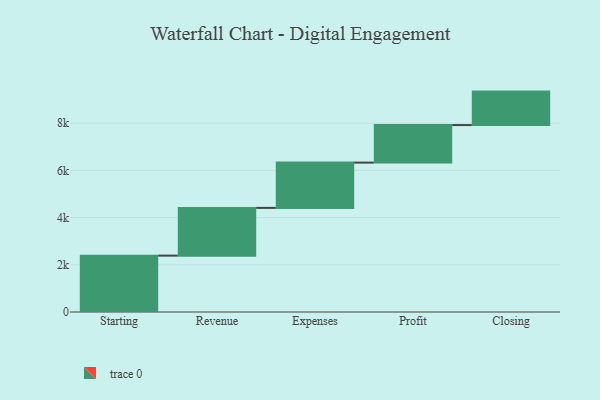
{"axis": {"x": "Step", "y": "Value"}, "legend": [""], "data": [{"x": "Starting", "y": 2389.0, "type": ""}, {"x": "Revenue", "y": 2024.0, "type": ""}, {"x": "Expenses", "y": 1919.0, "type": ""}, {"x": "Profit", "y": 1591.0, "type": ""}, {"x": "Closing", "y": 1418.0, "type": ""}]}